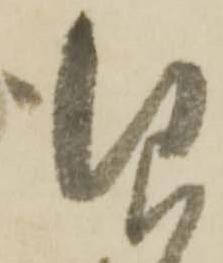
仰